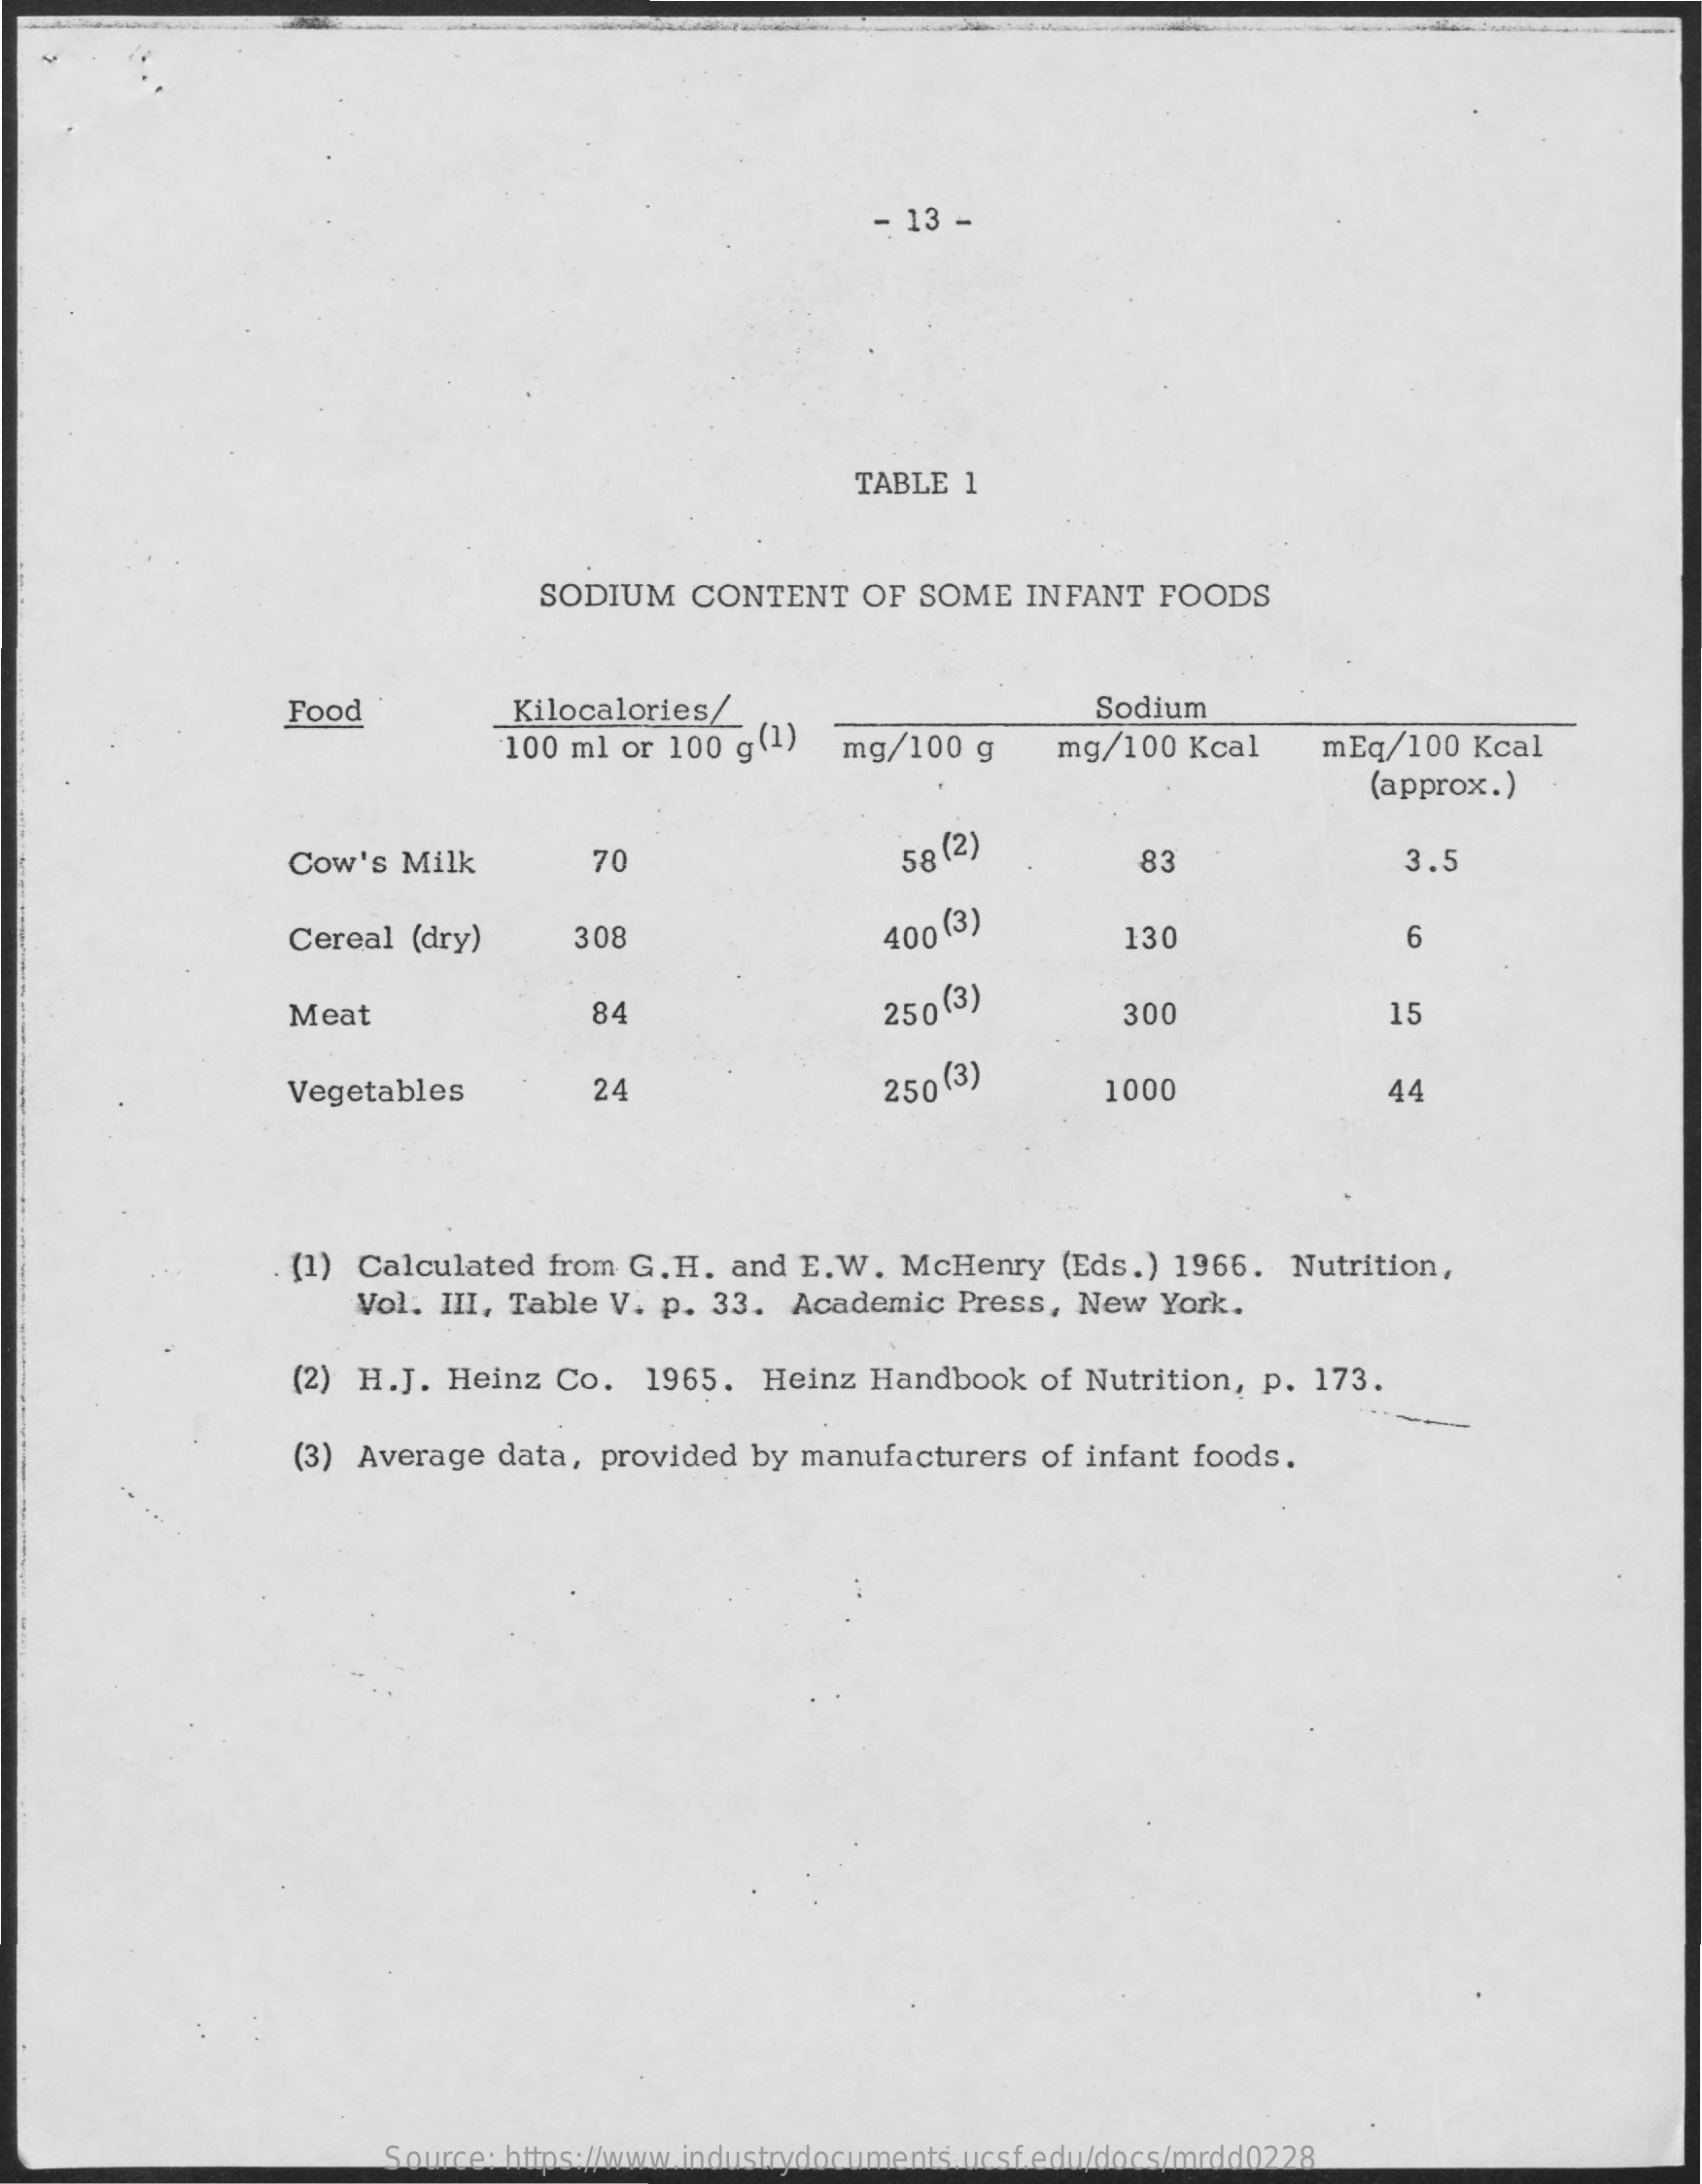
- 13 -
     TABLE 1
     SODIUM   CONTENT    OF SOME   INFANT   FOODS
     Food    _Kilocalories/_    Sodium
     100 ml or  100 g(1)   mg/100  g    mg/100  Kcal    mEq/100   Kcal
     (approx.)
     Cow's Milk    70    58 (2)    83    3.5
     Cereal (dry)    308    400 (3)
     130    6
     Meat    84    250 (3)    300    15
     Vegetables    24    250 (3)    1000    44
     . (1) Calculated from G. H. and  E. W. McHenry   (Eds.)  1966.  Nutrition,
     Vol. III, Table V. p. 33.  Academic   Press,  New  York.
     (2) H.J. Heinz  Co.   1965.  Heinz  Handbook   of Nutrition, p. 173.
     (3) Average  data, provided  by manufacturers  of infant foods.
     Source: https://www.industrydocuments.ucsf.edu/docs/mrdd0228